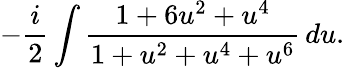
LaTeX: -{\frac{i}{2}}\int{\frac{1+6u^{2}+u^{4}}{1+u^{2}+u^{4}+u^{6}}}\, du.